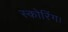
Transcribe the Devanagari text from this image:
स्कोरिंग।